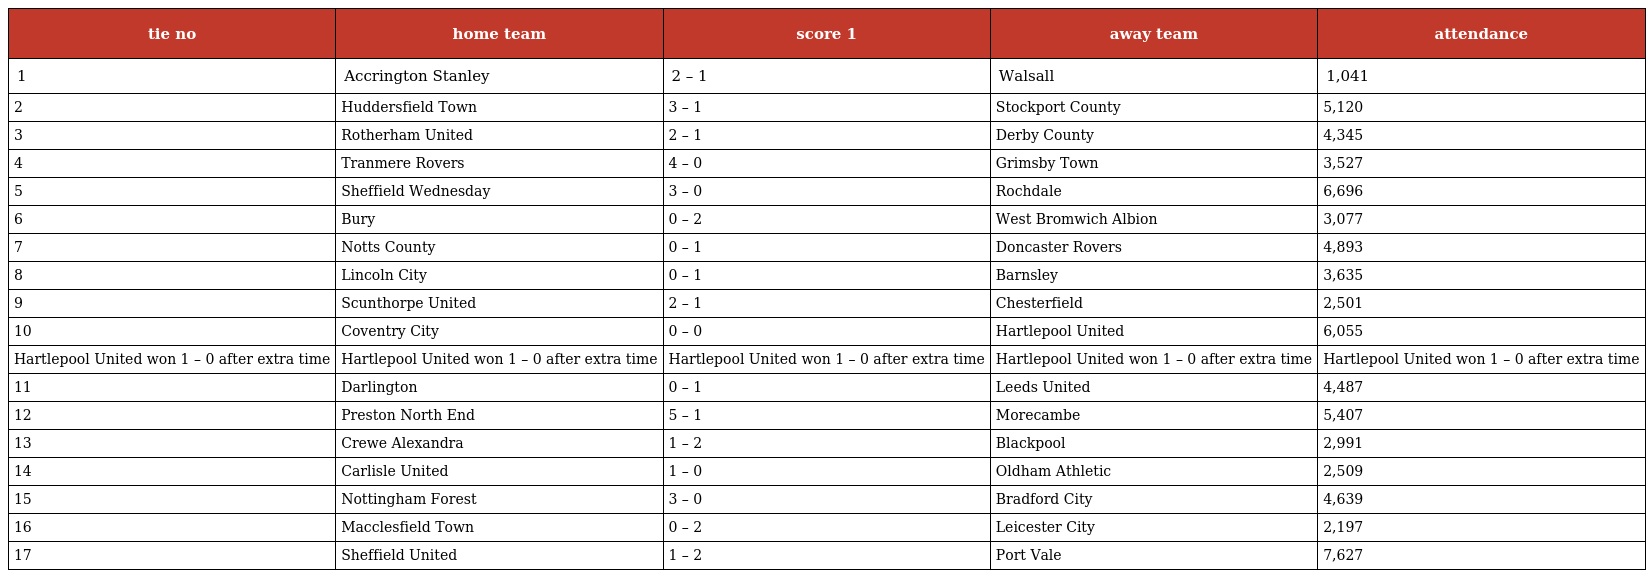
| tie no | home team | score 1 | away team | attendance |
 | --- | --- | --- | --- | --- |
 | 1 | Accrington Stanley | 2 – 1 | Walsall | 1,041 |
 | 2 | Huddersfield Town | 3 – 1 | Stockport County | 5,120 |
 | 3 | Rotherham United | 2 – 1 | Derby County | 4,345 |
 | 4 | Tranmere Rovers | 4 – 0 | Grimsby Town | 3,527 |
 | 5 | Sheffield Wednesday | 3 – 0 | Rochdale | 6,696 |
 | 6 | Bury | 0 – 2 | West Bromwich Albion | 3,077 |
 | 7 | Notts County | 0 – 1 | Doncaster Rovers | 4,893 |
 | 8 | Lincoln City | 0 – 1 | Barnsley | 3,635 |
 | 9 | Scunthorpe United | 2 – 1 | Chesterfield | 2,501 |
 | 10 | Coventry City | 0 – 0 | Hartlepool United | 6,055 |
 | Hartlepool United won 1 – 0 after extra time | Hartlepool United won 1 – 0 after extra time | Hartlepool United won 1 – 0 after extra time | Hartlepool United won 1 – 0 after extra time | Hartlepool United won 1 – 0 after extra time |
 | 11 | Darlington | 0 – 1 | Leeds United | 4,487 |
 | 12 | Preston North End | 5 – 1 | Morecambe | 5,407 |
 | 13 | Crewe Alexandra | 1 – 2 | Blackpool | 2,991 |
 | 14 | Carlisle United | 1 – 0 | Oldham Athletic | 2,509 |
 | 15 | Nottingham Forest | 3 – 0 | Bradford City | 4,639 |
 | 16 | Macclesfield Town | 0 – 2 | Leicester City | 2,197 |
 | 17 | Sheffield United | 1 – 2 | Port Vale | 7,627 |